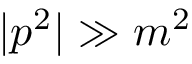
| p ^ { 2 } | \gg m ^ { 2 }